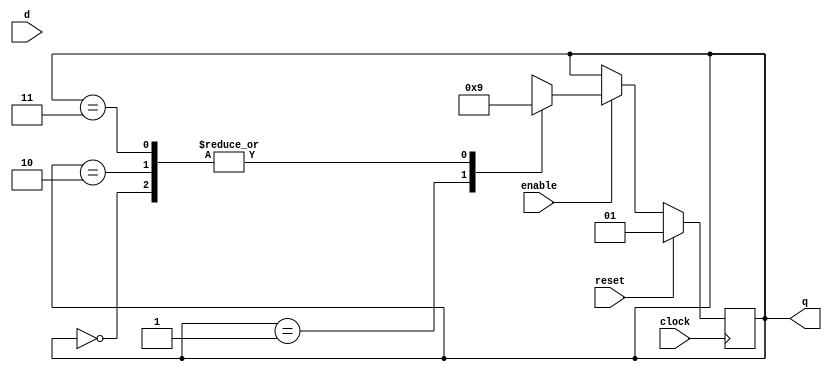
`timescale 1ns / 1ps


module two_bit_ring_counter (
      input clock,
      input reset,
      input enable,
      output [1:0] q,
      input d
    );
 
  reg[1:0] a;
 
    always @(posedge clock)
      if (reset)
        a <= 4'b01;
 
      else
      if (enable)
      //TODO this can be simplified by using d as a bit in the assignments
      if (1'b1) //TODO d
      //if (d)
          case (a)
           2'b00: a <= 2'b01; // happens only on reset
           2'b01: a <= 2'b10;
           2'b10: a <= 2'b01;
           2'b11: a <= 2'b01; // technically, shouldn't happen
        endcase
      else
          case (a)
           2'b00: a <= 2'b00; // happens only on reset
           2'b01: a <= 2'b10;
           2'b10: a <= 2'b00;
           2'b11: a <= 2'b00; // technically, shouldn't happen
        endcase
    
        // else a=a
 
    assign q = a;
 
  endmodule
 
module Stages(CLK, RESET, NEW_CYCLE, FETCH, EXECUTE, RUN_MODE, RUN_CY);
    input CLK;
    input RESET;
    input NEW_CYCLE;
    output FETCH;
    output EXECUTE;
    input RUN_MODE;
    input RUN_CY;
    
    wire fetch_in;
    assign fetch_in = RUN_CY | (RUN_MODE & ~FETCH);
    
    two_bit_ring_counter tbrc (
    .q({EXECUTE, FETCH}),
    .clock(CLK),
    .reset(RESET),
    .enable(NEW_CYCLE),
    .d(fetch_in)
    );
    
endmodule